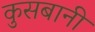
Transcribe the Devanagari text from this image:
कुसबानी